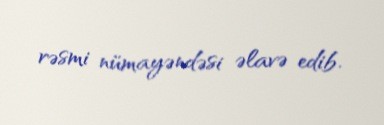
rəsmi nümayəndəsi əlavə edib.